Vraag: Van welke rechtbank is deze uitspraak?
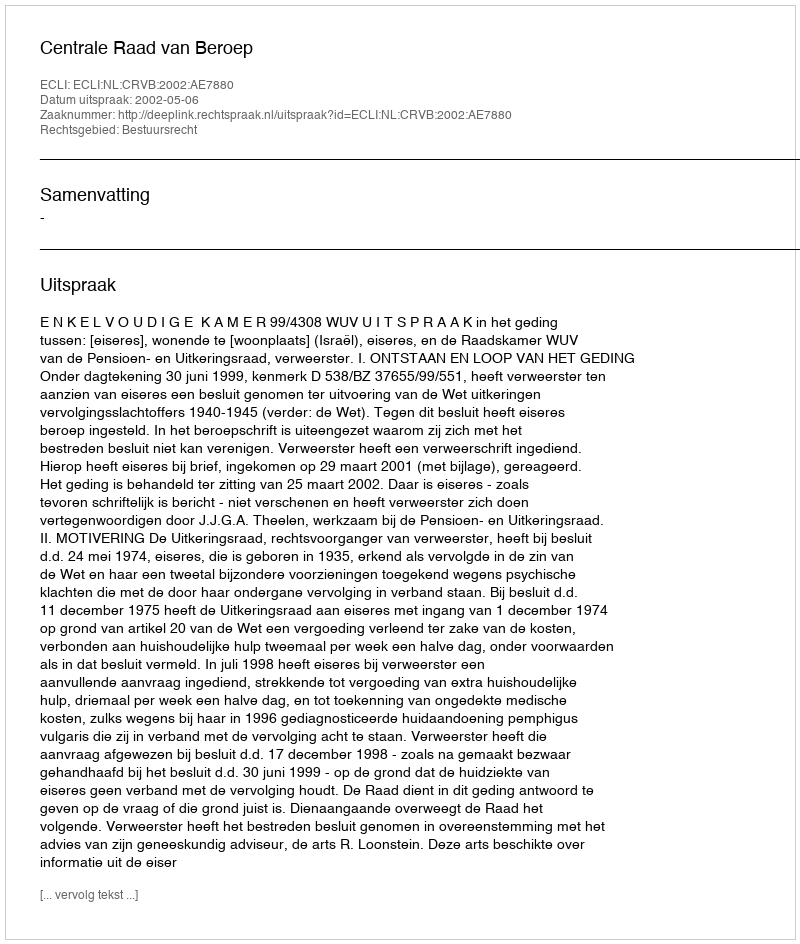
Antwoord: Centrale Raad van Beroep